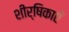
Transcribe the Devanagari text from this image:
शीर्षिकाएँ